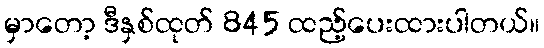
မှာတော့ ဒီနှစ်ထုတ် 845 ထည့်ပေးထားပါတယ်။